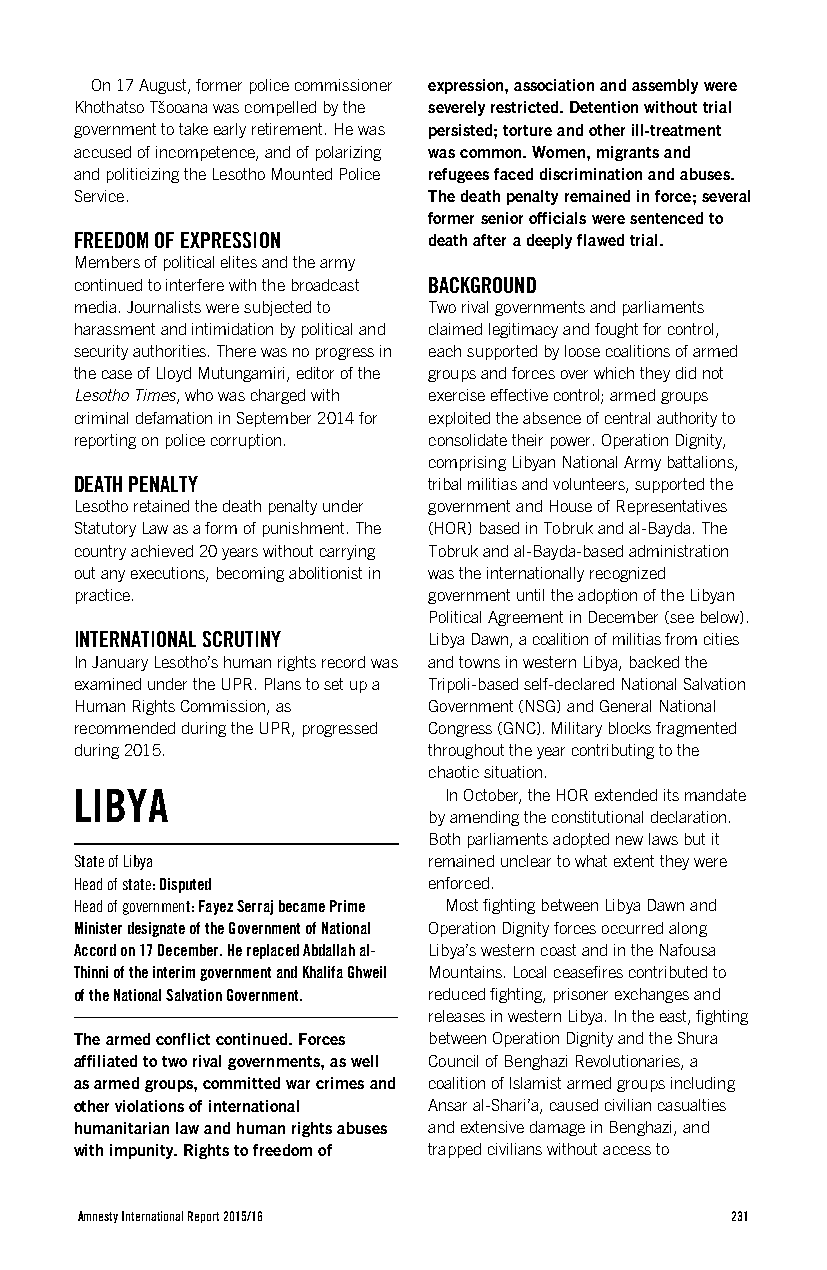
On 17 August, former police commissioner expression, association and assembly were
 Khothatso Tšooana was compelled by the severely restricted. Detention without trial
 government to take early retirement. He was persisted; torture and other ill-treatment
 accused of incompetence, and of polarizing was common. Women, migrants and
 and politicizing the Lesotho Mounted Police refugees faced discrimination and abuses.
 Service.               The death penalty remained in force; several
 former senior officials were sentenced to
 FREEDOM OF EXPRESSION  death after a deeply flawed trial.
 Members of political elites and the army
 continued to interfere with the broadcast BACKGROUND
 media. Journalists were subjected to Two rival governments and parliaments
 harassment and intimidation by political and claimed legitimacy and fought for control,
 security authorities. There was no progress in each supported by loose coalitions of armed
 the case of Lloyd Mutungamiri, editor of the groups and forces over which they did not
 Lesotho Times, who was charged with exercise effective control; armed groups
 criminal defamation in September 2014 for exploited the absence of central authority to
 reporting on police corruption. consolidate their power. Operation Dignity,
 comprising Libyan National Army battalions,
 DEATH PENALTY          tribal militias and volunteers, supported the
 Lesotho retained the death penalty under government and House of Representatives
 Statutory Law as a form of punishment. The (HOR) based in Tobruk and al-Bayda. The
 country achieved 20 years without carrying Tobruk and al-Bayda-based administration
 out any executions, becoming abolitionist in was the internationally recognized
 practice.              government until the adoption of the Libyan
 Political Agreement in December (see below).
 INTERNATIONAL SCRUTINY Libya Dawn, a coalition of militias from cities
 In January Lesotho’s human rights record was and towns in western Libya, backed the
 examined under the UPR. Plans to set up a Tripoli-based self-declared National Salvation
 Human Rights Commission, as Government (NSG) and General National
 recommended during the UPR, progressed Congress (GNC). Military blocks fragmented
 during 2015.           throughout the year contributing to the
 chaotic situation.
 LIBYA                   In October, the HOR extended its mandate
 by amending the constitutional declaration.
 Both parliaments adopted new laws but it
 State of Libya         remained unclear to what extent they were
 Head of state: Disputed enforced.
 Head of government: Fayez Serraj became Prime Most fighting between Libya Dawn and
 Minister designate of the Government of National Operation Dignity forces occurred along
 Accord on 17 December. He replaced Abdallah al- Libya’s western coast and in the Nafousa
 Thinni of the interim government and Khalifa Ghweil Mountains. Local ceasefires contributed to
 of the National Salvation Government. reduced fighting, prisoner exchanges and
 releases in western Libya. In the east, fighting
 The armed conflict continued. Forces between Operation Dignity and the Shura
 affiliated to two rival governments, as well Council of Benghazi Revolutionaries, a
 as armed groups, committed war crimes and coalition of Islamist armed groups including
 other violations of international Ansar al-Shari’a, caused civilian casualties
 humanitarian law and human rights abuses and extensive damage in Benghazi, and
 with impunity. Rights to freedom of trapped civilians without access to
 Amnesty International Report 2015/16       231